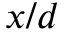
x / d